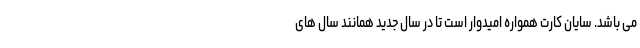
می باشد. سایان کارت همواره امیدوار است تا در سال جدید همانند سال های